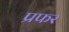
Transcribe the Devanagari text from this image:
प्रफर